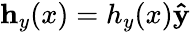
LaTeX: \mathbf{h}_{y}(x)=h_{y}(x)\mathbf{\hat{y}}